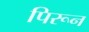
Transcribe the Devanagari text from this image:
पिरून